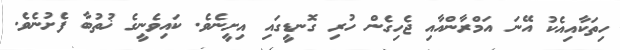
ހިތަކާއިއެކު އޭނަ އަމްރާންއާއި ޖެހިގެން ހުރި ގޮނޑީގައި އިށީނެވެ. ކައިވެނީގެ ޚުތުބާ ފެށުނެވެ.